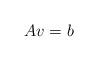
LaTeX: \begin{align*}Av = b\end{align*}